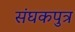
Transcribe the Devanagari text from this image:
संघकपुत्र